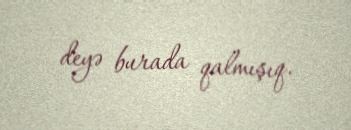
deyə burada qalmışıq.